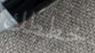
خططك